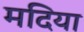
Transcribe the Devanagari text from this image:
मदिया